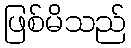
ဖြစ်မိသည်